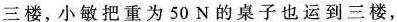
三楼，小敏把重为50N的桌子也运到三楼，